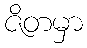
ဇိတမှာ